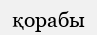
қорабы